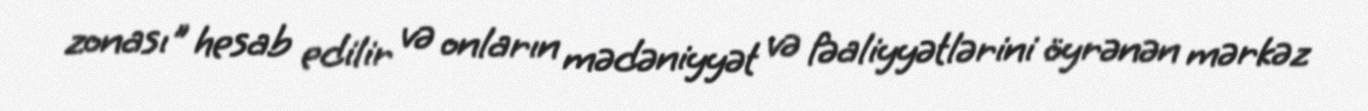
zonası" hesab edilir və onların mədəniyyət və fəaliyyətlərini öyrənən mərkəz